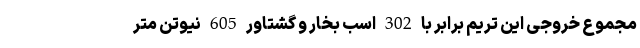
مجموع خروجی این تریم برابر با 302 اسب بخار و گشتاور 605 نیوتن متر